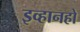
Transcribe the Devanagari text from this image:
इव्हानहो